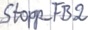
Text: Stopp_FB2